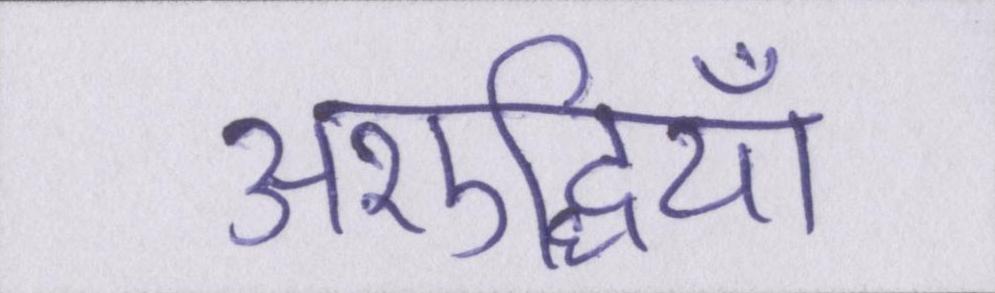
अशुद्धियाँ